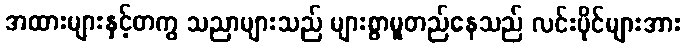
အထားများနှင့်တကွ သညာများသည် များစွာမူတည်နေသည် လင်းပိုင်များအား